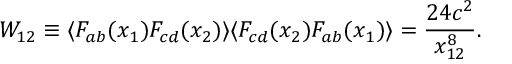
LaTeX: W _ { 1 2 } \equiv \langle F _ { a b } ( x _ { 1 } ) F _ { c d } ( x _ { 2 } ) \rangle \langle F _ { c d } ( x _ { 2 } ) F _ { a b } ( x _ { 1 } ) \rangle = \frac { 2 4 c ^ { 2 } } { x _ { 1 2 } ^ { 8 } } .